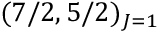
( 7 / 2 , 5 / 2 ) _ { J = 1 }